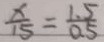
\frac { x } { 1 5 } = \frac { 1 . 5 } { 0 . 5 }